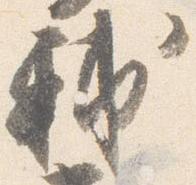
輔